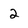
Character: 2